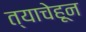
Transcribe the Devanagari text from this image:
त्याचेहून